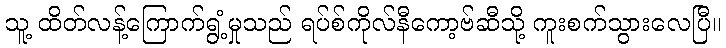
သူ့ ထိတ်လန့်ကြောက်ရွံ့မှုသည် ရပ်စ်ကိုလ်နီကော့ဗ်ဆီသို့ ကူးစက်သွားလေပြီ။